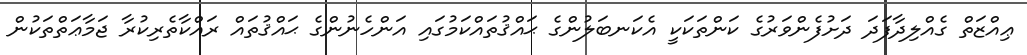
ޢިއްޒަތް ގެއްލިދާފަދަ ދަށުފެންވަރުގެ ކަންތަކަކީ އެކަނބަލުންގެ ޙައްޤުތައްކަމުގައި އަންހެނުންގެ ޙައްޤުތައް ރައްކާތެރިކުރާ ޖަމާޢަތްތަކުން